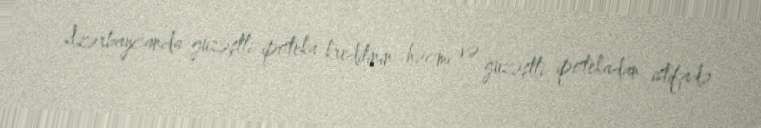
Azərbaycanda güzəştli ipoteka kreditinin həcmi və güzəştli ipotekadan istifadə